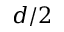
d / 2